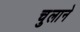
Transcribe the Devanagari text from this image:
चुलाने